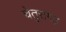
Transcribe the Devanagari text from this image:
चेतुरागढ़